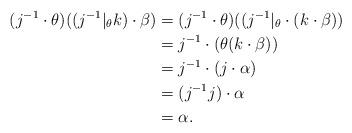
LaTeX: \begin{align*}(j^{-1}\cdot \theta)((j^{-1}|_\theta k)\cdot\beta)&=(j^{-1}\cdot \theta)((j^{-1}|_\theta\cdot (k\cdot\beta)) &\\&=j^{-1}\cdot(\theta(k\cdot \beta))&\\&=j^{-1}\cdot(j\cdot \alpha)& \\&=(j^{-1}j)\cdot\alpha\\&=\alpha.\end{align*}